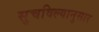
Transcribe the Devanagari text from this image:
सुचविल्यानुसार